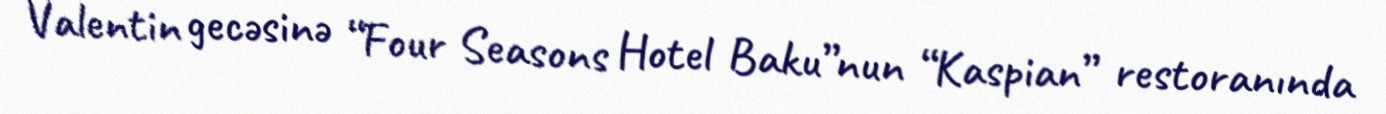
Valentin gecəsinə “Four Seasons Hotel Baku”nun “Kaspian” restoranında